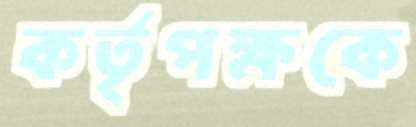
কর্তৃপক্ষকে